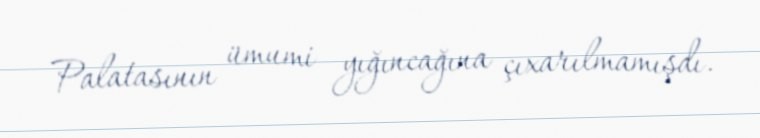
Palatasının ümumi yığıncağına çıxarılmamışdı.